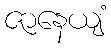
ဇာနေယျံ